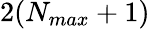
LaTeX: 2(N_{max}+1)